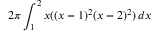
2 \pi \int _ { 1 } ^ { 2 } x ( ( x - 1 ) ^ { 2 } ( x - 2 ) ^ { 2 } ) \, d x